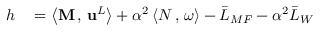
\begin{array} { r l } { h } & { { } = \left< \mathbf { M } \, , \, { \mathbf { u } } ^ { L } \right> + \alpha ^ { 2 } \left< N \, , \, \omega \right> - \bar { L } _ { M F } - \alpha ^ { 2 } \bar { L } _ { W } } \end{array}